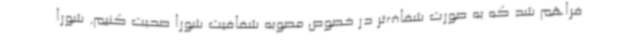
فراهم شد که به صورت شفاف‌تر در خصوص مصوبه شفافیت شورا صحبت کنیم. شورا